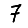
Digit: 7